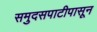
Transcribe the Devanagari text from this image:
समुदसपाटीपासून